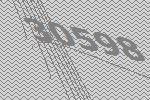
30598